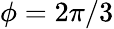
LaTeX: \phi=2\pi/3